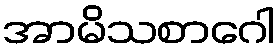
အာမိသစာဂေါ